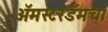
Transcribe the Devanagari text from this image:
अॅमस्टरडॅमचा